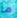
ما